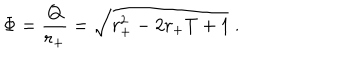
LaTeX: \Phi = { \frac { Q } { r _ { + } } } = \sqrt { r _ { + } ^ { 2 } - 2 r _ { + } T + 1 } \ .